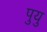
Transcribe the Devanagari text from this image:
पुयु